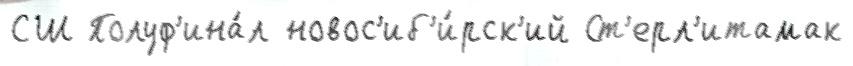
СШ Полуф'ина́л новос'иб'и́рск'ий Ст'ерл'итамак